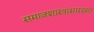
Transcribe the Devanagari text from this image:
समाजशास्त्रासारख्या